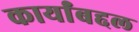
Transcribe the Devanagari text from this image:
कार्यांबद्दल